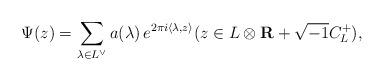
LaTeX: \begin{align*}\Psi(z) = \sum_{\lambda\in L^{\lor}} a(\lambda) \,e^{2\pi i\langle\lambda,z\rangle}(z\in L\otimes{\mathbf R}+\sqrt{-1}C_{L}^{+}),\end{align*}